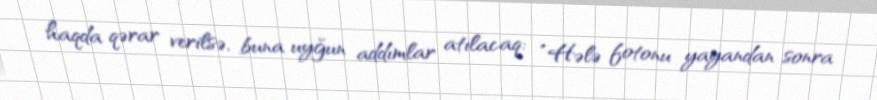
haqda qərar verilsə, buna uyğun addımlar atılacaq: “Hələ fotonu yayandan sonra